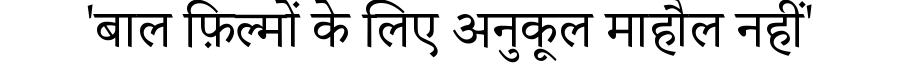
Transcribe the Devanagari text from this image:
'बाल फ़िल्मों के लिए अनुकूल माहौल नहीं'